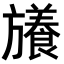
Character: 𭥉